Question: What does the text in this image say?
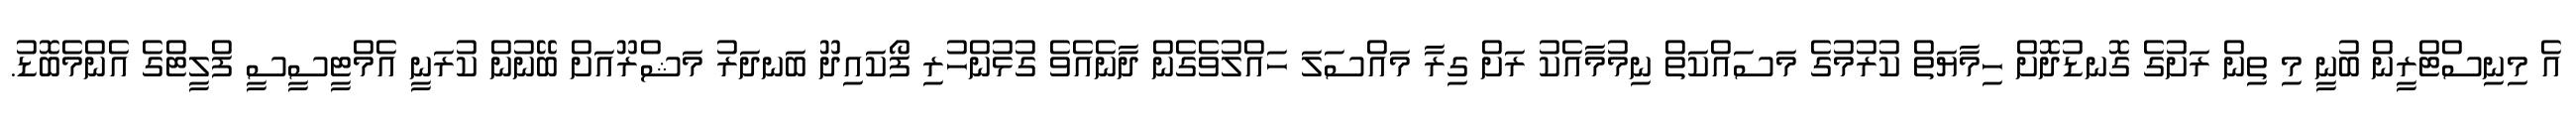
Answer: އެ މިނިސްޓްރީން ބުނީ މި ތިން ރަށުގެ ގޮނޑުދޮށް ހިމާޔަތް ކުރުމުގެ މަސައްކަތް ނިމުމާއެކު ރަށް ގިރާ މައްސަލަ ހައްލުވެގެން ދާނެއެވެ ގުޅުންހުރި ފޯކައިދޫ ބަނދަރު މަޝްރޫއަށް ބޭނުން ކުރަނީ އެމްޓީސީސީ ފްލީޓްގެ އެންމެބޮޑު.